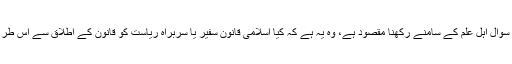
تاہم یہاں سرِ دست جو سوال اہلِ علم کے سامنے رکھنا مقصود ہے، وہ یہ ہے کہ کیا اسلامی قانون سفیر یا سربراہِ ریاست کو قانون کے اطلاق سے اس طرح کا ”استثنا“ دیتا ہے؟